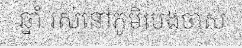
ឆ្នាំ រស់នៅភូមិបេងចាស់